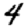
Digit: 4